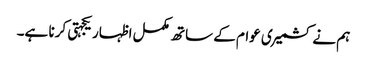
ہم نے کشمیری عوام کے ساتھ مکمل اظہار یکجہتی کرنا ہے۔